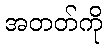
အတတ်ကို